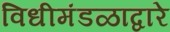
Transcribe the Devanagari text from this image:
विधीमंडळाद्वारे